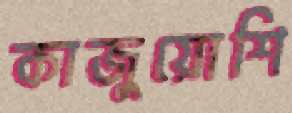
কাজুয়োশি